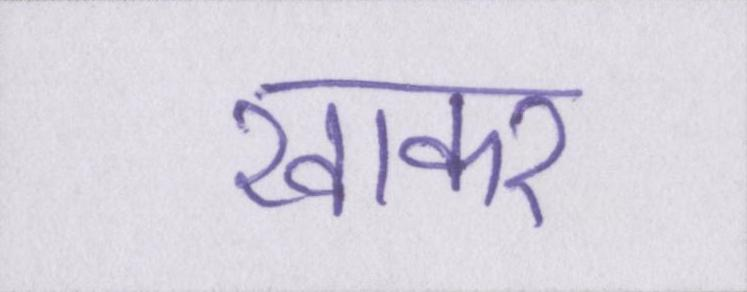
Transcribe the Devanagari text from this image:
खाकर